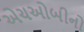
એચઓબીનો